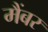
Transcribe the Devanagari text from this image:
मैंबर